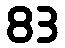
83